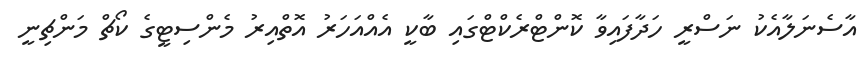
އާސެނަލާއެކު ނަސްރީ ހަދާފައިވާ ކޮންޓްރެކްޓްގައި ބާކީ އެއްއަހަރު އޮތްއިރު މެންސިޓީގެ ކޯޗް މަންޗިނީ